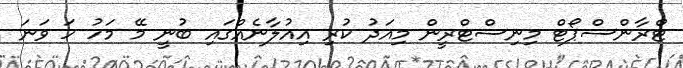
ޓްރާންސްޕޯޓް މިނިސްޓްރީން މިއަދު ކުރި އިއުލާނެއްގައި ބުނީ މޭ މަހު ހަ ވަނަ